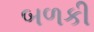
બળકી